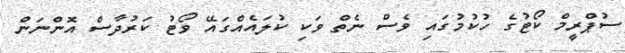
ސުޕްރީމް ކޯޓުގެ ހުކުމުގައި ވެސް ނެތް ވަކި ކުލައެއްގައޭ ވޯޓު ކަރުދާސް އޮންނަން